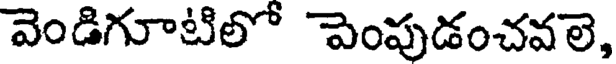
వెండిగూటిలో పెంపుడంచవలె,